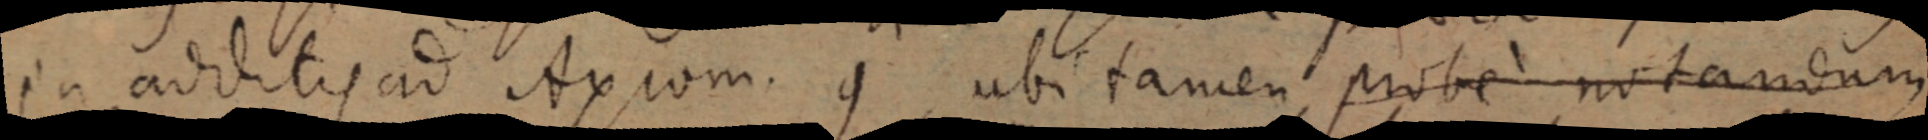
in additis ad Axiom. con ubi tamen probe notandum